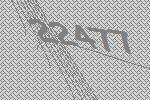
22477